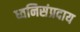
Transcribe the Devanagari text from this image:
ध्वनिसंप्रदाय